Calcutta medical institutions reports 1871-78
Year: 1871
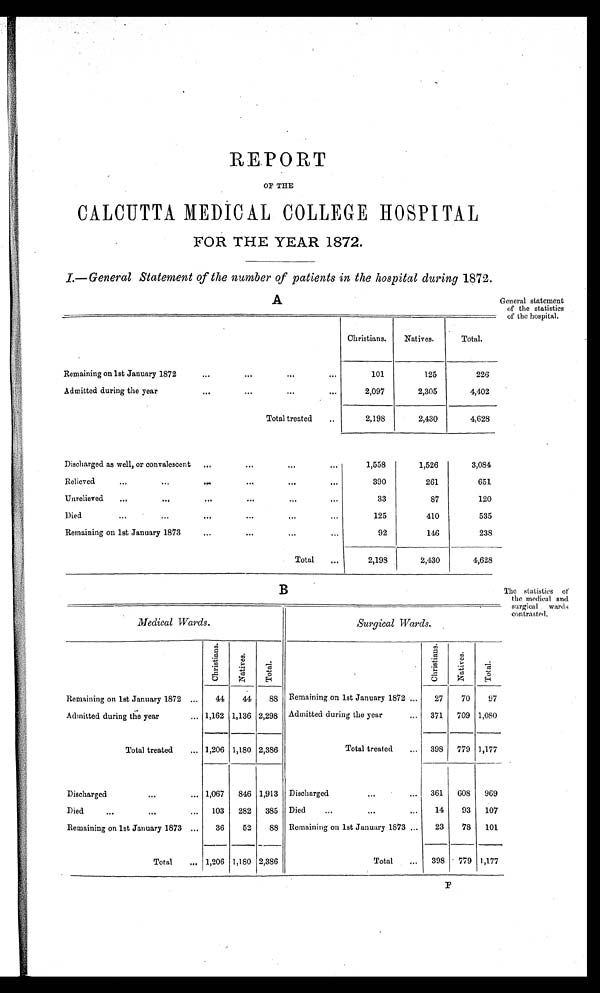
REPORT
OF THE
CALCUTTA MEDICAL COLLEGE HOSPITAL
FOR THE YEAR 1872.
1.—General Statement of the number of patients in the hospital during 1872.
A
Christians. Natives.
Total.
Remaining on 1st January 1872
...
. . .
...
...
101
125
226
Admitted during the year
. . .
...
...
...
2,097
2,305
4,402
Total treated
..
2,198
2,430
4,628
Discharged as well, or convalescent ...
...
. . ..
. .
1,558
1,526
3,084
Relieved
...
...
. . .
...
. . ..
. .
390
261
651
Unrelieved ...
...
...
...
...
. . .
33
87
120
Died
...
...
...
. . .
. . ..
. .
125
410
535
Remaining on 1st January 1873
...
. . .
...
...
92
146
238
Total
. . .
2,198
2,430
4,628
General statement
of the statistics
of the hospital.
B
Medical Wards.
Surgical Wards.
C h r i s t i a n s .
N a t i v e s .
T o t a l .
C h r i s t i a n s .
N a t i v e s .
T o t a l .
Remaining on 1st January 1872 ... 44 44 88 Remaining on 1st January 1872... 27
70
97
Admitted during the year
... 1,162 1,136 2,298 Admitted during the year
... 371 709 1,080
Total treated ... 1,206 1,180 2,386
Total treated ... 398 779 1,177
Discharged
...
. . . 1,067 846 1,913 Discharged
. . .
361 608 969
Died
...
...
. . . 103 282 385 Died
...
...
...
14 93 107
Remaining on 1st January 1873 ... 36
52 88 Remaining on 1st January 1873 ...
23 78 101
Total ... 1,206 1,180 2,386
Total ... 398 779 1,177
The statistics of
the medical and
surgical wards
contrasted.